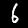
Digit: 6